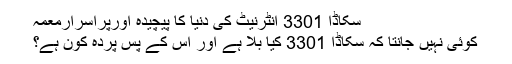
سِکاڈا 3301 انٹرنیٹ کی دنیا کا پیچیدہ اورپراسرارمعمہ
کوئی نہیں جانتا کہ سکاڈا 3301 کیا بلا ہے اور اس کے پس پردہ کون ہے؟